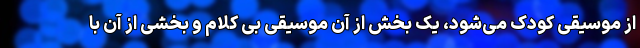
از موسیقی کودک می‌شود، یک بخش از آن موسیقی بی کلام و بخشی از آن با